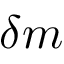
\delta m